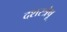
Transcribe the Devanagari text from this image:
दशस्त्रेषू